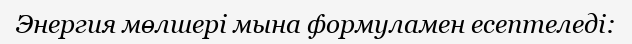
Энергия мөлшері мына формуламен есептеледі: